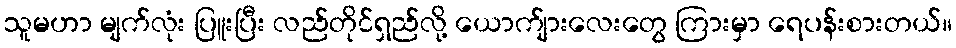
သူမဟာ မျက်လုံး ပြူးပြီး လည်တိုင်ရှည်လို့ ယောက်ျားလေးတွေ ကြားမှာ ရေပန်းစားတယ်။